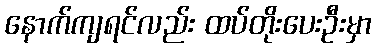
နောက်ကျရင်လည်း ထပ်တိုးပေးဦးမှာ